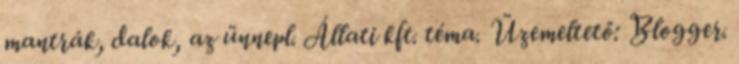
mantrák, dalok, az ünnepl. Állati kft. téma. Üzemeltető: Blogger.